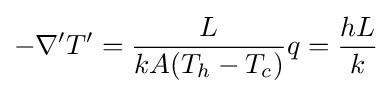
-\nabla 'T'={\frac {L}{kA(T_{h}-T_{c})}}q={\frac {hL}{k}}